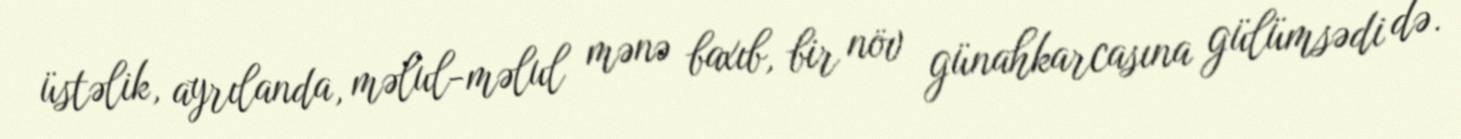
üstəlik, ayrılanda, məlul-məlul mənə baxıb, bir növ günahkarcasına gülümsədi də.